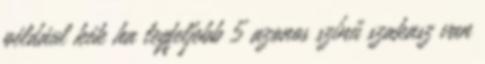
például kék ha legfeljebb 5 azonos színű szakasz van